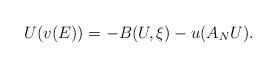
LaTeX: \begin{align*}U(v(E))=-B(U,\xi )-u(A_{N}U). \end{align*}